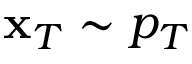
\mathbf { x } _ { T } \sim p _ { T }